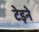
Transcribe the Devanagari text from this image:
टेइने